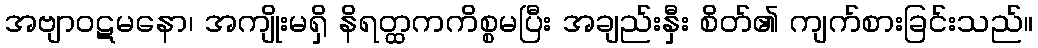
အဗျာဝဋမနော၊ အကျိုးမရှိ နိရတ္ထကကိစ္စမပြီး အချည်းနှီး စိတ်၏ ကျက်စားခြင်းသည်။